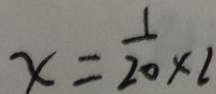
x = \frac { 1 } { 2 0 } \times 2